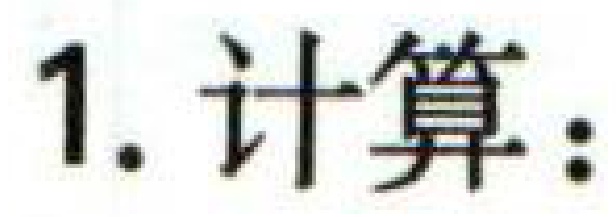
1. 计算：